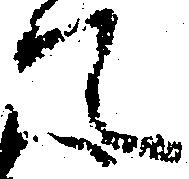
て